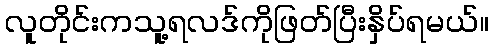
လူတိုင်းကသူ့ရလဒ်ကိုဖြတ်ပြီးနှိပ်ရမယ်။